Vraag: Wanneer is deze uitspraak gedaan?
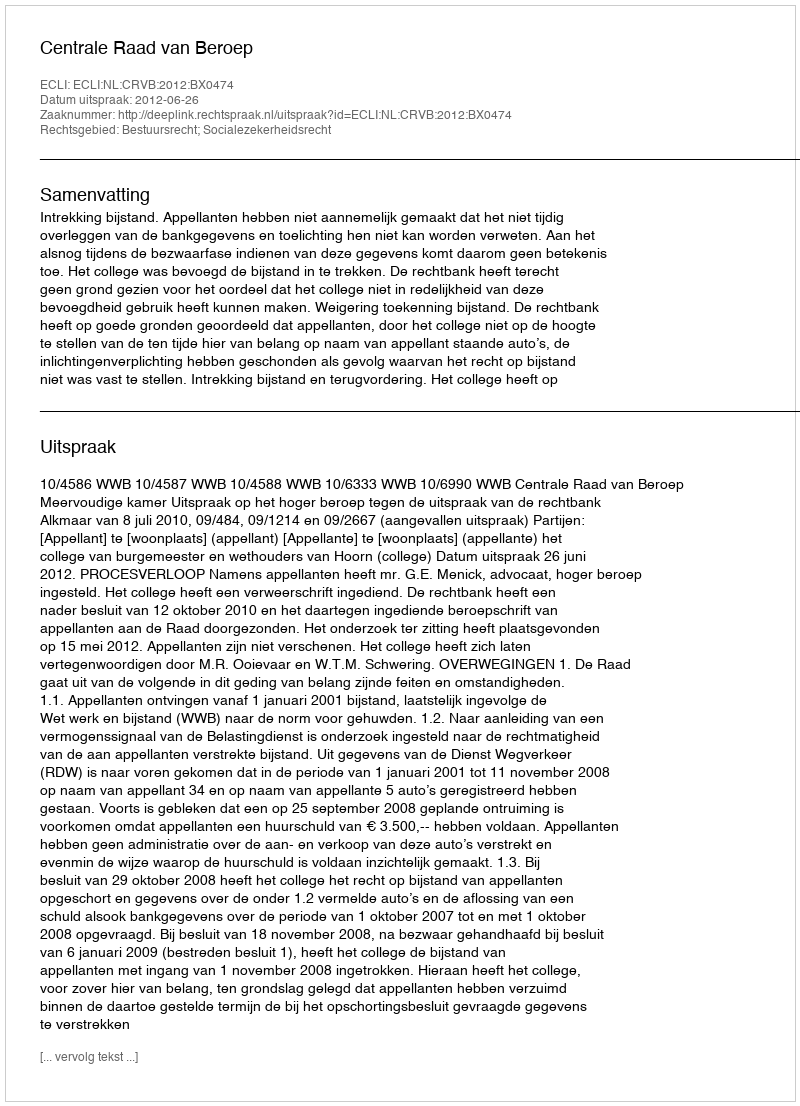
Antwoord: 2012-06-26